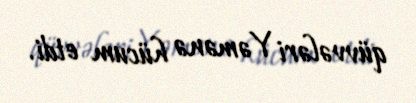
qüvvələri Yəmənə hücum etdi.